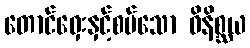
တောင်ဝှေးနှင့်စပ်သော ဝိနိစ္ဆယ